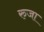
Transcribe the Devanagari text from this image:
रुजा